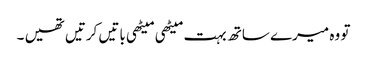
تو وہ میرے ساتھ بہت میٹھی میٹھی باتیں کرتیں تھیں ۔